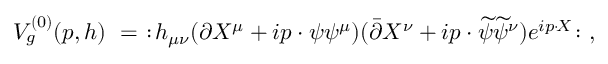
V _ { g } ^ { ( 0 ) } ( p , h ) ~ = ~ : \! h _ { \mu \nu } ( \partial X ^ { \mu } + i p \cdot \psi \psi ^ { \mu } ) ( { \bar { \partial } } X ^ { \nu } + i p \cdot { \widetilde \psi } { \widetilde \psi } ^ { \nu } ) e ^ { i p \cdot \! X } \! : ~ ,